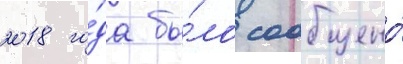
2018 го́да бы́ло сообщено́